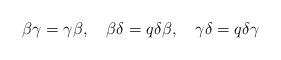
LaTeX: \begin{align*}\beta\gamma = \gamma\beta, \quad \beta\delta = q\delta\beta,\quad \gamma \delta = q \delta \gamma\end{align*}